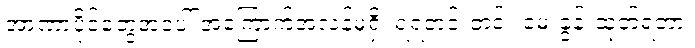
အာဏာပိုင်တွေအပေါ် အကြောက်အလန့်မရှိ၊ ရဲရဲတင်းတင်း မေးခွန်းထုတ်ရဲတာ၊